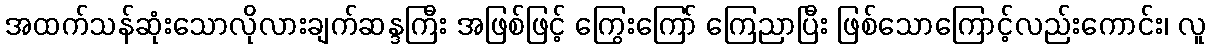
အထက်သန်ဆုံးသောလိုလားချက်ဆန္ဒကြီး အဖြစ်ဖြင့် ကြွေးကြော် ကြေညာပြီး ဖြစ်သောကြောင့်လည်းကောင်း၊ လူ